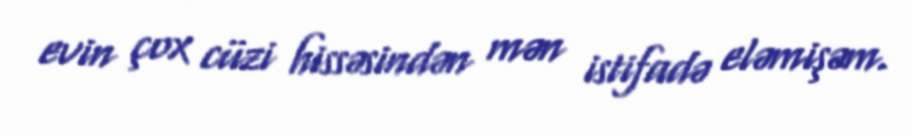
evin çox cüzi hissəsindən mən istifadə eləmişəm.